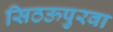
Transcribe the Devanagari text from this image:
सिठऊपुरवा